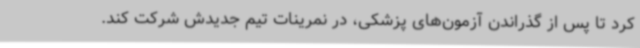
کرد تا پس از گذراندن آزمون‌های پزشکی، در نمرینات تیم جدیدش شرکت کند.